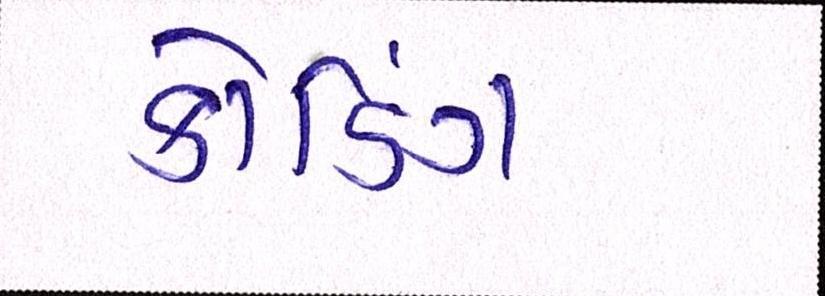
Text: કોડિંગ